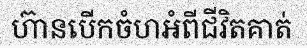
ហ៊ានបើកចំហអំពីជីវិតគាត់